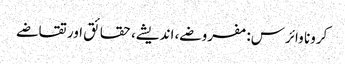
کرونا وائرس: مفروضے، اندیشے، حقائق اور تقاضے